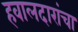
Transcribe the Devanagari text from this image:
हवालदारांचा